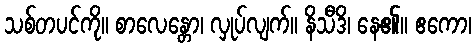
သစ်တပင်ကို။ စာလေန္တော၊ လှုပ်လျက်။ နိသီဒိ၊ နေ၏။ ဧကော၊